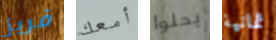
فريز أمعك يحلوا ثمانية